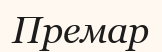
Премар